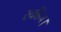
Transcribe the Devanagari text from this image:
स्क्रीन।